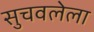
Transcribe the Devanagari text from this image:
सुचवलेला